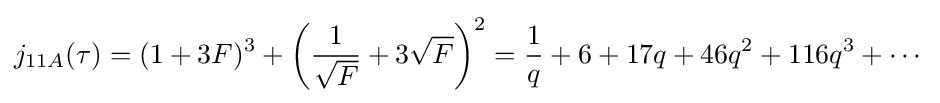
j_{11A}(\tau )=(1+3F)^{3}+\left({\frac {1}{\sqrt {F}}}+3{\sqrt {F}}\right)^{2}={\frac {1}{q}}+6+17q+46q^{2}+116q^{3}+\cdots